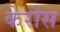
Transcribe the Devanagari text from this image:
केरोस